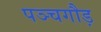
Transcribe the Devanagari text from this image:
पञ्चगौड़